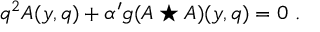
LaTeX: q ^ { 2 } A ( y , q ) + { \alpha ^ { \prime } } g ( A \star A ) ( y , q ) = 0 \, \, .